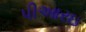
પીઆરઇ